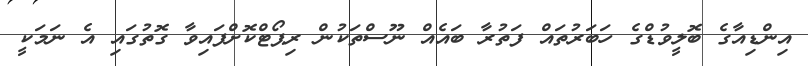
އިންޑިއާގެ ބޮލީވުޑްގެ ހަބަރުތައް ފަތުރާ ބައެއް ނޫސްތަކުން ރިޕޯޓްކޮށްފައިވާ ގޮތުގައި އެ ނަމަކީ